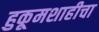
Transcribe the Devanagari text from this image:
हुकूमशाहीचा